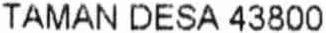
TAMAN DESA 43800